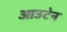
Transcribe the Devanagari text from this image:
आउटेन